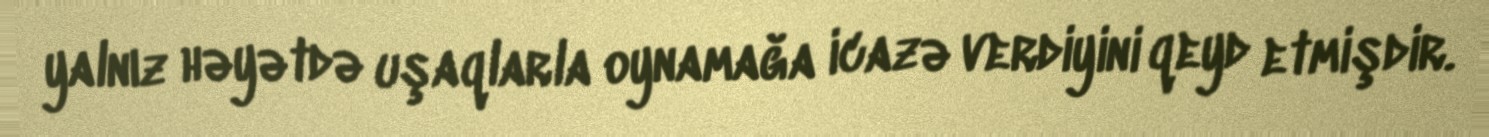
yalnız həyətdə uşaqlarla oynamağa icazə verdiyini qeyd etmişdir.